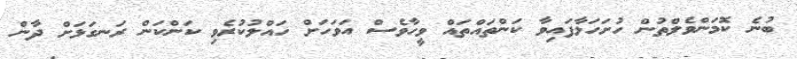
ބުނެ ކޮމަންވެލްތުން ހުށަހަޅާފައިވާ ކަންތައްތައް ވީހާވެސް އަވަހަށް ހައްލުކުރެވި ކަންކަން ރަނގަޅަށް ދާން